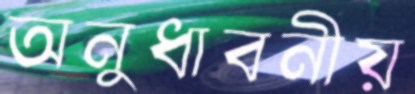
অনুধাবনীয়